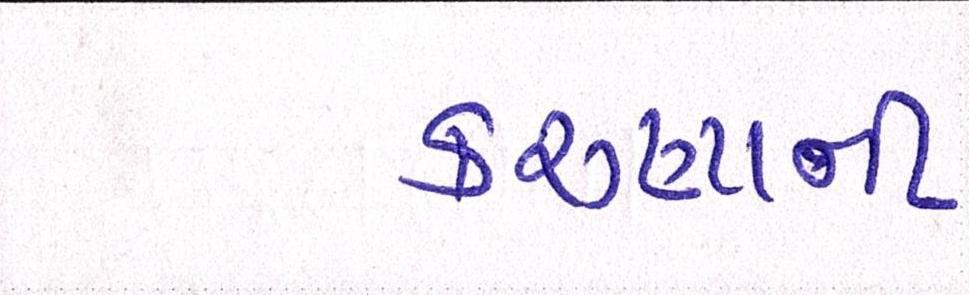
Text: કરુણાની